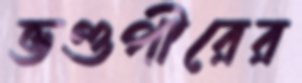
ভণ্ডপীরের